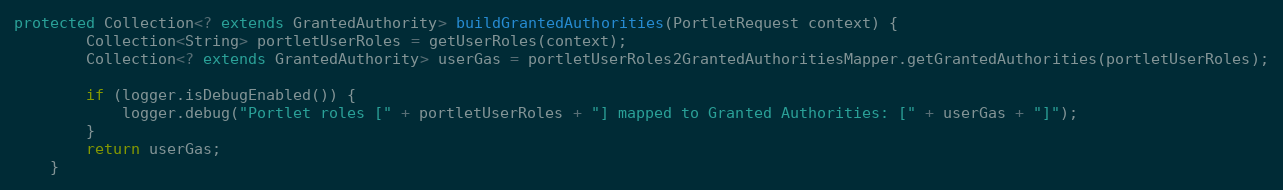
Language: Java
protected Collection<? extends GrantedAuthority> buildGrantedAuthorities(PortletRequest context) {
        Collection<String> portletUserRoles = getUserRoles(context);
        Collection<? extends GrantedAuthority> userGas = portletUserRoles2GrantedAuthoritiesMapper.getGrantedAuthorities(portletUserRoles);

        if (logger.isDebugEnabled()) {
            logger.debug("Portlet roles [" + portletUserRoles + "] mapped to Granted Authorities: [" + userGas + "]");
        }
        return userGas;
    }